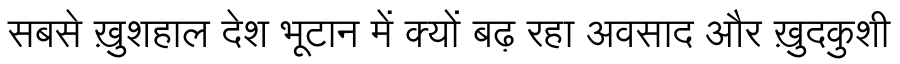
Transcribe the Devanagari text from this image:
सबसे ख़ुशहाल देश भूटान में क्यों बढ़ रहा अवसाद और ख़ुदकुशी